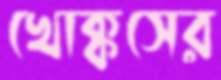
খোক্কসের